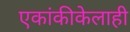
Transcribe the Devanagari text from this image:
एकांकीकेलाही